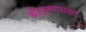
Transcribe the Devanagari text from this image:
श्रीकृष्णभक्त